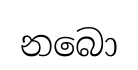
නබො